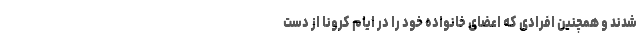
شدند و همچنین افرادی که اعضای خانواده خود را در ایام کرونا از دست